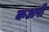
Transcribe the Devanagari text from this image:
कअपी